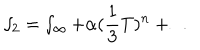
LaTeX: \smallint _ { 2 } = \smallint _ { \infty } + \alpha ( { \frac 1 3 } T ) ^ { n } + \ldots